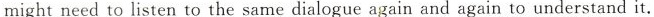
might need to listen to the same dialogue again and again to understand it.